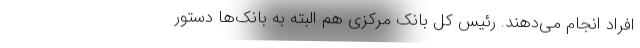
افراد انجام می‌دهند. رئیس‌ کل بانک مرکزی هم البته به بانک‌ها دستور